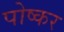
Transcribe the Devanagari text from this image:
पोष्कर